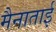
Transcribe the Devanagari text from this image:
मैनाताई